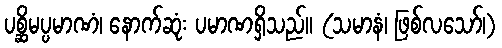
ပစ္ဆိမပ္ပမာဏံ၊ နောက်ဆုံး ပမာဏရှိသည်။ (သမာနံ၊ ဖြစ်လသော်၊)